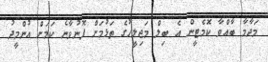
މަދާމާ ބާއްވާ ކޮމެޓީން އެ ބިލް މަޖިލީހުގެ ތަޅުމަށް ފޮނުވާނެ ކަމަށް އުންމީދު